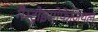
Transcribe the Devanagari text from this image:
गैस्ट्रोइसोफेजियल